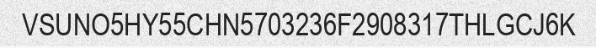
VSUNO5HY55CHN5703236F2908317THLGCJ6K